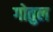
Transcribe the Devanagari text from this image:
गोतुल